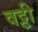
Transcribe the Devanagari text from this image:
वट्टी